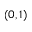
( 0 , 1 )